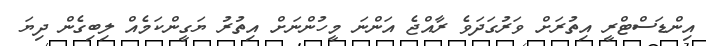
އިންޑަސްޓްރީ އިތުރަށް ވަރުގަދަވެ ރާއްޖެ އަންނަ މީހުންނަށް އިތުރު ޔަގީންކަމެއް ލިބިގެން ދިޔަ